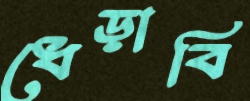
ধেড়াবি